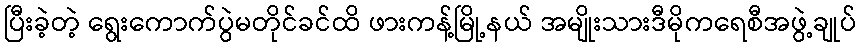
ပြီးခဲ့တဲ့ ရွေးကောက်ပွဲမတိုင်ခင်ထိ ဖားကန့်မြို့နယ် အမျိုးသားဒီမိုကရေစီအဖွဲ့ချုပ်